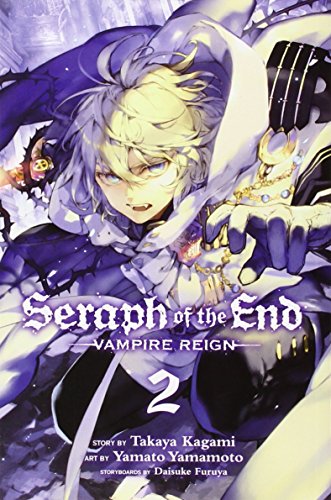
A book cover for Seraph of the End, Vol. 2; Takaya Kagami; Comics & Graphic Novels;